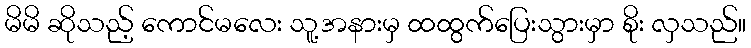
မိမိ ဆိုသည့် ကောင်မလေး သူ့အနားမှ ထထွက်ပြေးသွားမှာ စိုး လှသည်။